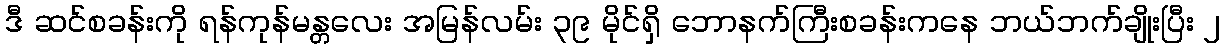
ဒီ ဆင်စခန်းကို ရန်ကုန်မန္တလေး အမြန်လမ်း ၃၉ မိုင်ရှိ ဘောနက်ကြီးစခန်းကနေ ဘယ်ဘက်ချိုးပြီး ၂